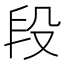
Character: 段